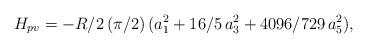
LaTeX: \begin{align*}H_{pv}=-R/2\,(\pi/2) \,(a_1^2 +16/5\,a_3^2+4096/729\,a_5^2),\end{align*}